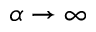
\alpha \to \infty